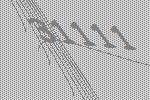
31111